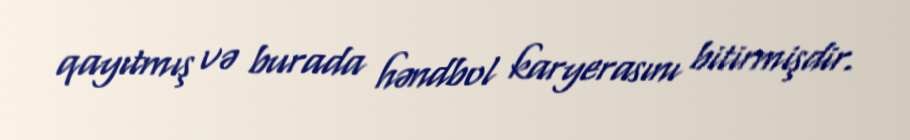
qayıtmış və burada həndbol karyerasını bitirmişdir.